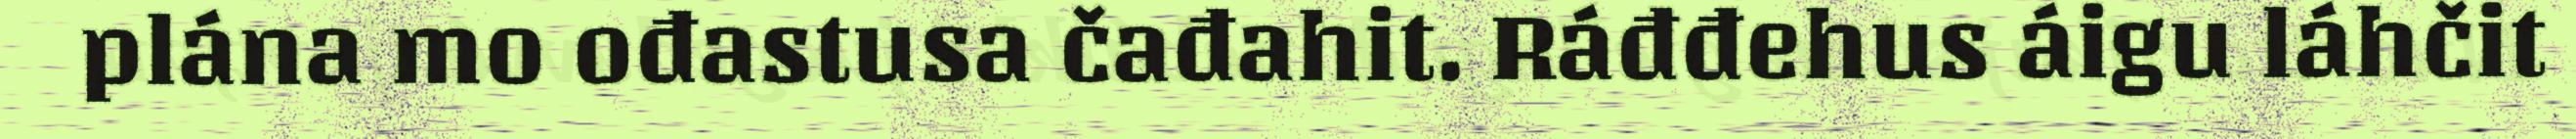
plána mo ođastusa čađahit. Ráđđehus áigu láhčit